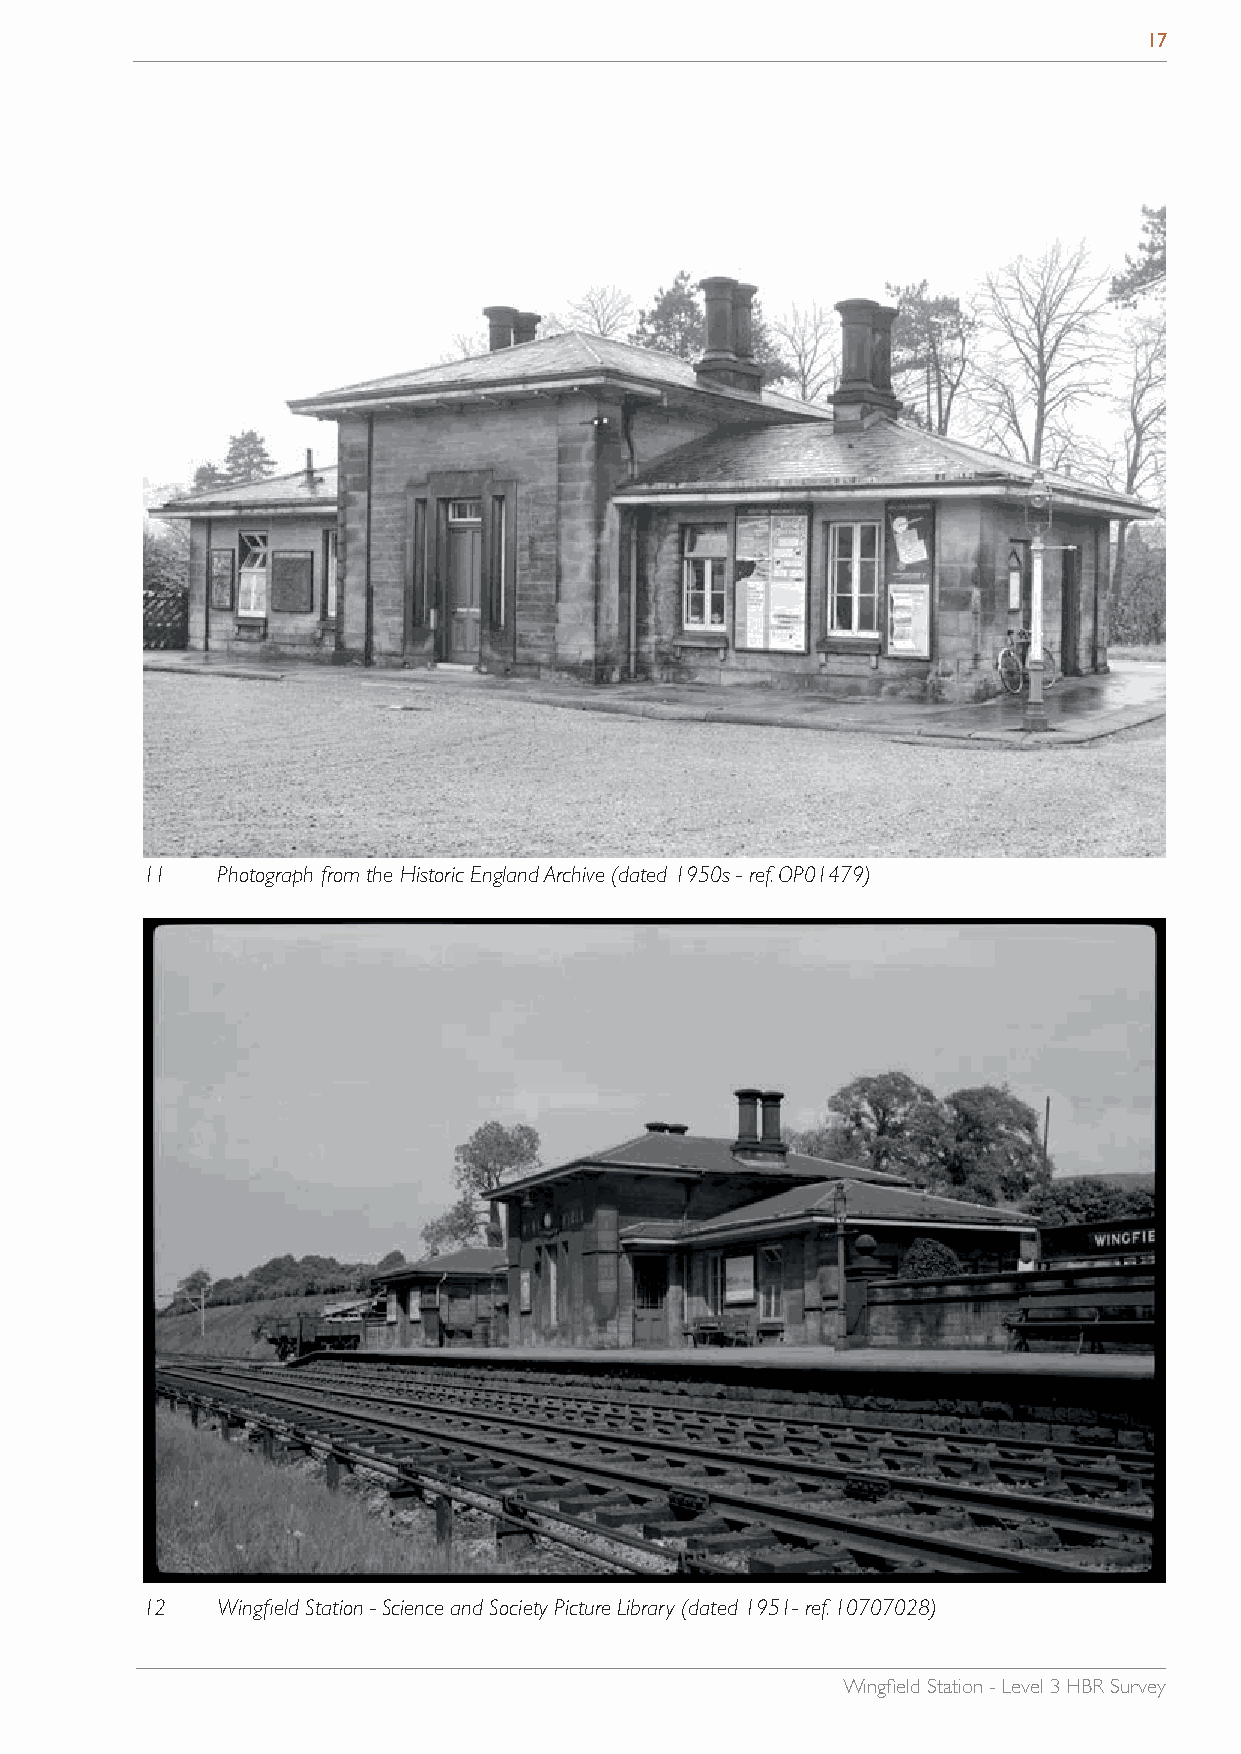
17
 11   Photograph from the Historic England Archive (dated 1950s - ref. OP01479)
 12   Wingfield Station - Science and Society Picture Library (dated 1951- ref. 10707028)
 Wingfield Station - Level 3 HBR Survey